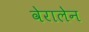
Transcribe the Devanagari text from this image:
वेरालेन